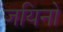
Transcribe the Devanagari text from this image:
जयिनो